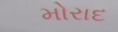
મોરાદ